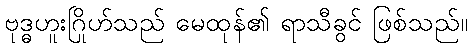
ဗုဒ္ဓဟူးဂြိုဟ်သည် မေထုန်၏ ရာသီခွင် ဖြစ်သည်။